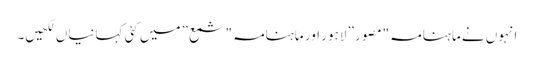
انہوں نے ماہنامہ "مصور” لاہور اور ماہنامہ "شمع” میں کئی کہانیاں لکھیں۔